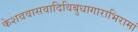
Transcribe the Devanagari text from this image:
केशववासवादिविबुधागाराभिरामां